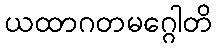
ယထာဂတမဂ္ဂေါတိ